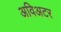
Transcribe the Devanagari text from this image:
अविअटर